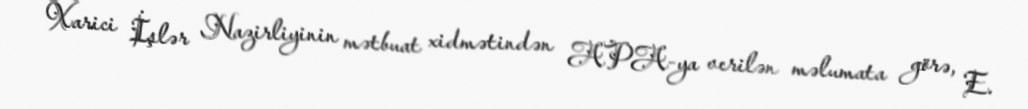
Xarici İşlər Nazirliyinin mətbuat xidmətindən APA-ya verilən məlumata görə, E.